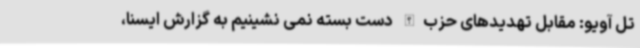
تل آویو: مقابل تهدیدهای حزب‌الله دست بسته نمی نشینیم به گزارش ایسنا،